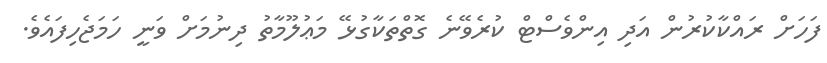
ފަހަށް ރައްކާކުރުން އަދި އިންވެސްޓް ކުރެވޭނެ ގޮތްތަކާގުޅޭ މަޢުލޫމާތު ދިނުމަށް ވަނީ ހަމަޖެހިފައެވެ.